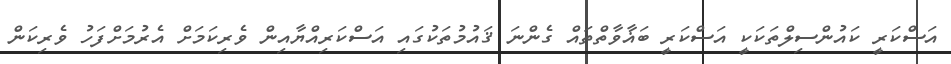
އަސްކަރީ ކައުންސިލްތަކަކީ އަސްކަރީ ބަޣާވާތްތައް ގެންނަ ޤައުމުތަކުގައި އަސްކަރިއްޔާއިން ވެރިކަމަށް އެރުމަށްފަހު ވެރިކަން